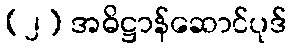
(၂) အဓိဋ္ဌာန်ဆောင်ပုဒ်